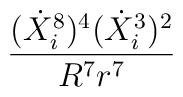
\frac{(\dot{X}^{8}_{i})^{4}(\dot{X}^{3}_{i})^{2}}{R^{7}r^{7}}